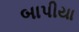
બાપીયા